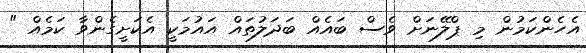
އެހެންކަމުން މި ޕްލޭނަށް ވެސް ބައެއް ބަދަލުތައް އައުމަކީ އެކަށީގެންވާ ކަމެއް "